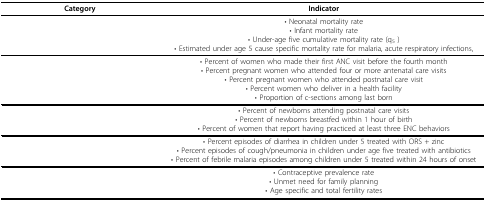
<table><thead><tr><td><b>Category</b></td><td><b>Indicator</b></td></tr></thead><tbody><tr><td>[EMPTY_CELL]</td><td>• Neonatal mortality rate• Infant mortality rate• Under-age five cumulative mortality rate (q<sub>5</sub> )• Estimated under age 5 cause specific mortality rate for malaria, acute respiratory infections,</td></tr><tr><td>[EMPTY_CELL]</td><td>• Percent of women who made their first ANC visit before the fourth month• Percent pregnant women who attended four or more antenatal care visits• Percent pregnant women who attended postnatal care visit• Percent women who deliver in a health facility• Proportion of c-sections among last born</td></tr><tr><td>[EMPTY_CELL]</td><td>• Percent of newborns attending postnatal care visits• Percent of newborns breastfed within 1 hour of birth• Percent of women that report having practiced at least three ENC behaviors</td></tr><tr><td>[EMPTY_CELL]</td><td>• Percent episodes of diarrhea in children under 5 treated with ORS + zinc• Percent episodes of cough/pneumonia in children under age five treated with antibiotics• Percent of febrile malaria episodes among children under 5 treated within 24 hours of onset</td></tr><tr><td>[EMPTY_CELL]</td><td>• Contraceptive prevalence rate• Unmet need for family planning• Age specific and total fertility rates</td></tr></tbody></table>